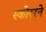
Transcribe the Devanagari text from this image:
स्कोररने